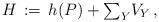
LaTeX: \begin{align*} H \, := \, h(P) + {\textstyle\sum_{Y}} V_Y \,,\end{align*}